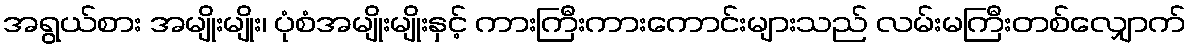
အရွယ်စား အမျိုးမျိုး၊ ပုံစံအမျိုးမျိုးနှင့် ကားကြီးကားကောင်းများသည် လမ်းမကြီးတစ်လျှောက်